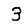
Digit: 3